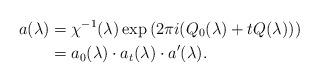
LaTeX: \begin{align*} a(\lambda)&=\chi^{-1}(\lambda)\exp{(2\pi i (Q_0(\lambda)+tQ(\lambda)))}\\ &=a_0(\lambda)\cdot a_t(\lambda)\cdot a'(\lambda). \end{align*}